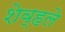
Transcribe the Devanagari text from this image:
शेव्हले